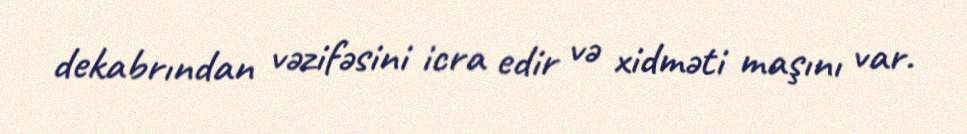
dekabrından vəzifəsini icra edir və xidməti maşını var.